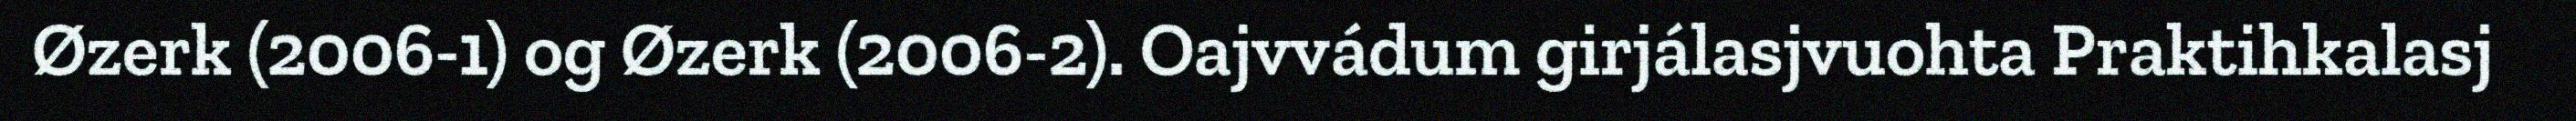
Øzerk (2006-1) og Øzerk (2006-2). Oajvvádum girjálasjvuohta Praktihkalasj